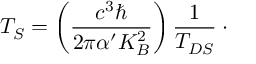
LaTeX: T _ { S } = \left( \frac { c ^ { 3 } \hbar } { 2 \pi \alpha ^ { \prime } K _ { B } ^ { 2 } } \right) \frac { 1 } { T _ { D S } } \: \cdot